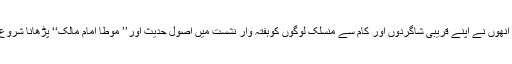
بعد میں انھوں نے اپنے قریبی شاگردوں اور کام سے منسلک لوگوں کوہفتہ وار نشست میں اصول حدیث اور’’ موطا امام مالک‘‘ پڑھانا شروع کردی۔